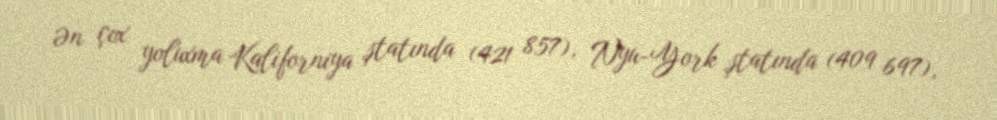
Ən çox yoluxma Kaliforniya ştatında (421 857), Nyu-York ştatında (409 697),